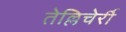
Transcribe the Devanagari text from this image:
तेल्लिचेर्री